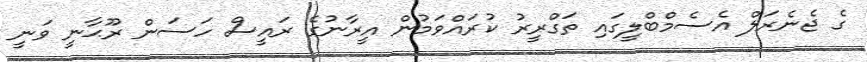
ގެ ޖެނެރަލް އެސެމްބްލީގައި ތަގްރީރު ކުރައްވަމުން އީރާނުގެ ރައީސް ހަސަން ރޫޙާނީ ވަނީ